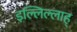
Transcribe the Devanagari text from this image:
इल्लिल्लाह्